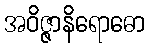
အဝိဇ္ဇာနိရောဓော